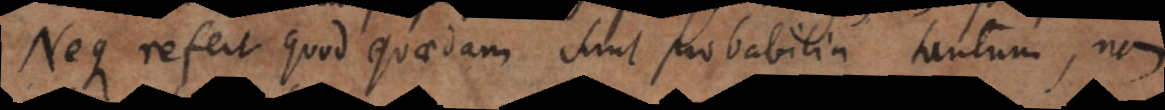
Neque refert quod quaedam sunt probabilia tantum, nam